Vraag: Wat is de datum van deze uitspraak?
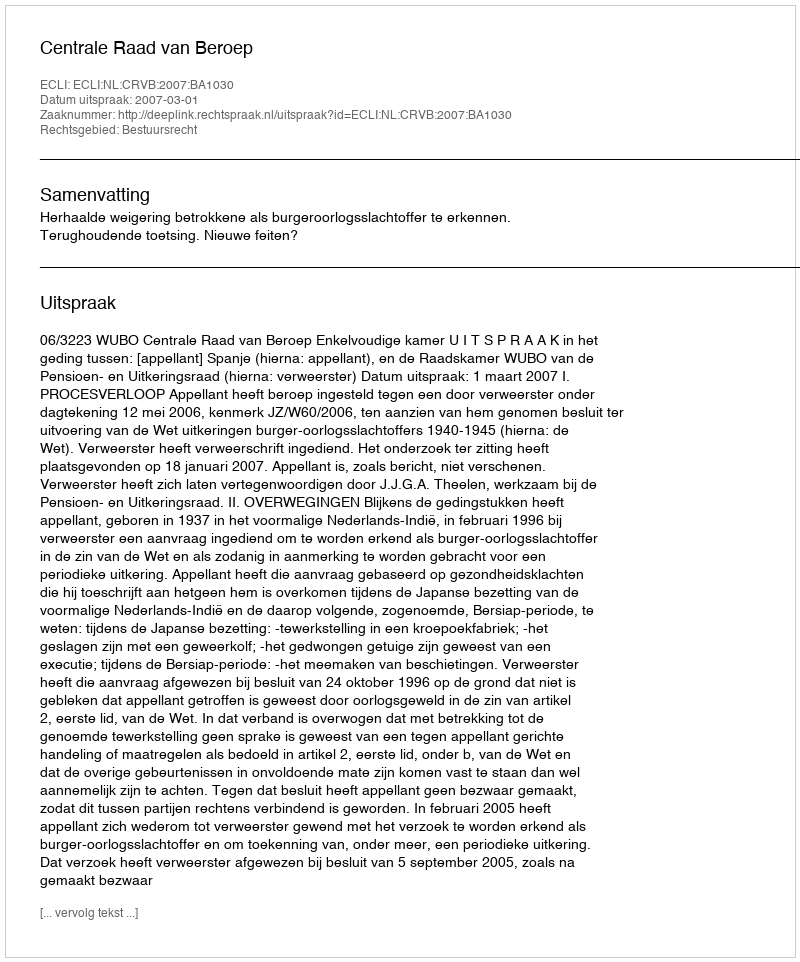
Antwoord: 2007-03-01